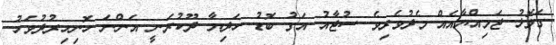
ގަލޮޅު ޖަމިއްޔާއެއް މެދުވެރިވެ ސުޖާއު އަގު ބޮޑު ހަދިޔާ ދޫކުރަނީ އަންނަ ހޮނިހިރުދުވަހު